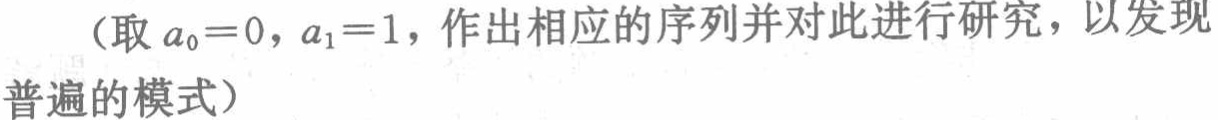
（取 \(a_0 = 0\)，\(a_1 = 1\)，作出相应的序列并对此进行研究，以发现普遍的模式）